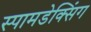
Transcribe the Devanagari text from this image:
स्पामडेक्सिंग